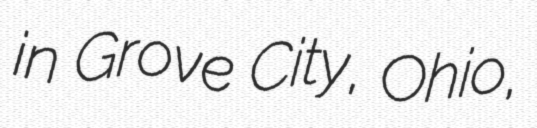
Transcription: in Grove City, Ohio,